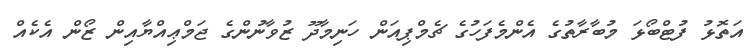
އަތޮޅު ފުޓްބޯޅަ މުބާރާތުގެ އެންމެފަހުގެ ޗެމްޕިއަން ހަނިމާދޫ ޒުވާނުންގެ ޖަމްޢިއްޔާއިން ޒޯން އެކެއް